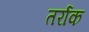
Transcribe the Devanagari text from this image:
तर्राक